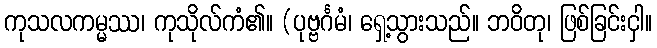
ကုသလကမ္မဿ၊ ကုသိုလ်ကံ၏။ (ပုဗ္ဗင်္ဂမံ၊ ရှေ့သွားသည်။ ဘဝိတု၊ ဖြစ်ခြင်းငှါ။